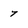
Character: 7